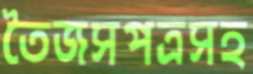
তৈজসপত্রসহ